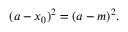
( a - x _ { 0 } ) ^ { 2 } = ( a - m ) ^ { 2 } .